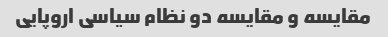
مقایسه و مقایسه دو نظام سیاسی اروپایی